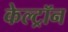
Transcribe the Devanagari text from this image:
केल्ट्रॉन